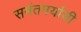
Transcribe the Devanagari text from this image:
समंतपर्यायी